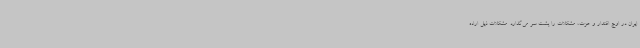
ایران در اوج اقتدار و عزت، مشکلات را پشت سر می‌گذارد. مشکلات ذیل اراده